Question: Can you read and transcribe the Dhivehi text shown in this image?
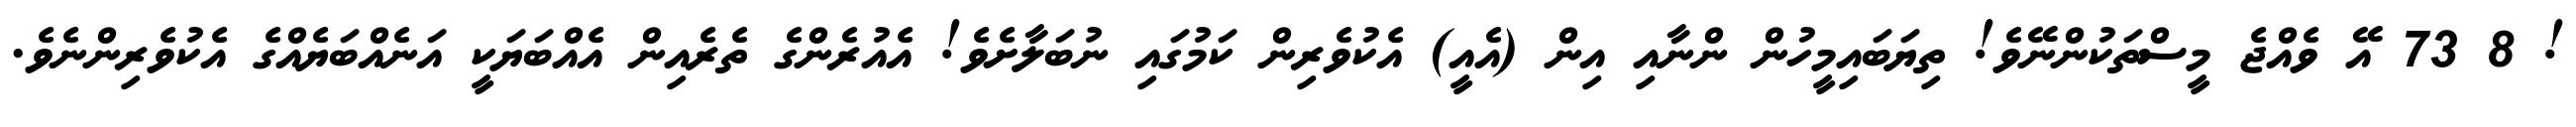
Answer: ! 8 73 އޭ ވެއްޖެ މީސްތަކުންނޭވެ! ތިޔަބައިމީހުން ންނާއި އިން (އެއީ) އެކުވެރިން ކަމުގައި ނުބަލާށެވެ! އެއުރެންގެ ތެރެއިން އެއްބަޔަކީ އަނެއްބަޔެއްގެ އެކުވެރިންނެވެ.